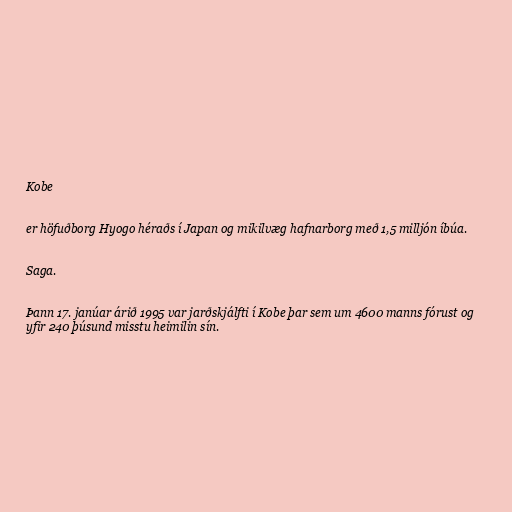
Kobe

er höfuðborg Hyogo héraðs í Japan og mikilvæg hafnarborg með 1,5 milljón íbúa.

Saga.

Þann 17. janúar árið 1995 var jarðskjálfti í Kobe þar sem um 4600 manns fórust og
yfir 240 þúsund misstu heimilin sín.